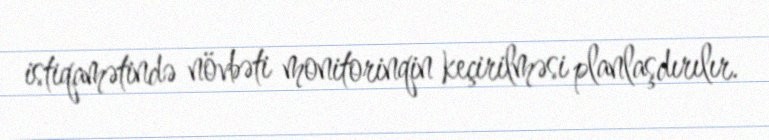
istiqamətində növbəti monitorinqin keçirilməsi planlaşdırılır.